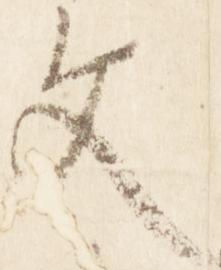
文